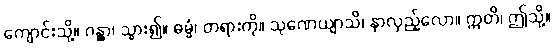
ကျောင်းသို့။ ဂန္တွာ၊ သွား၍။ ဓမ္မံ၊ တရားကို။ သုဏေယျာသိ၊ နာလှည့်လော။ ဣတိ၊ ဤသို့။